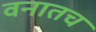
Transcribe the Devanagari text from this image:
वनातच